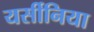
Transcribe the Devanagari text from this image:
यर्सीनिया